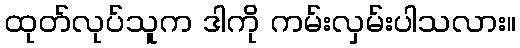
ထုတ်လုပ်သူက ဒါကို ကမ်းလှမ်းပါသလား။